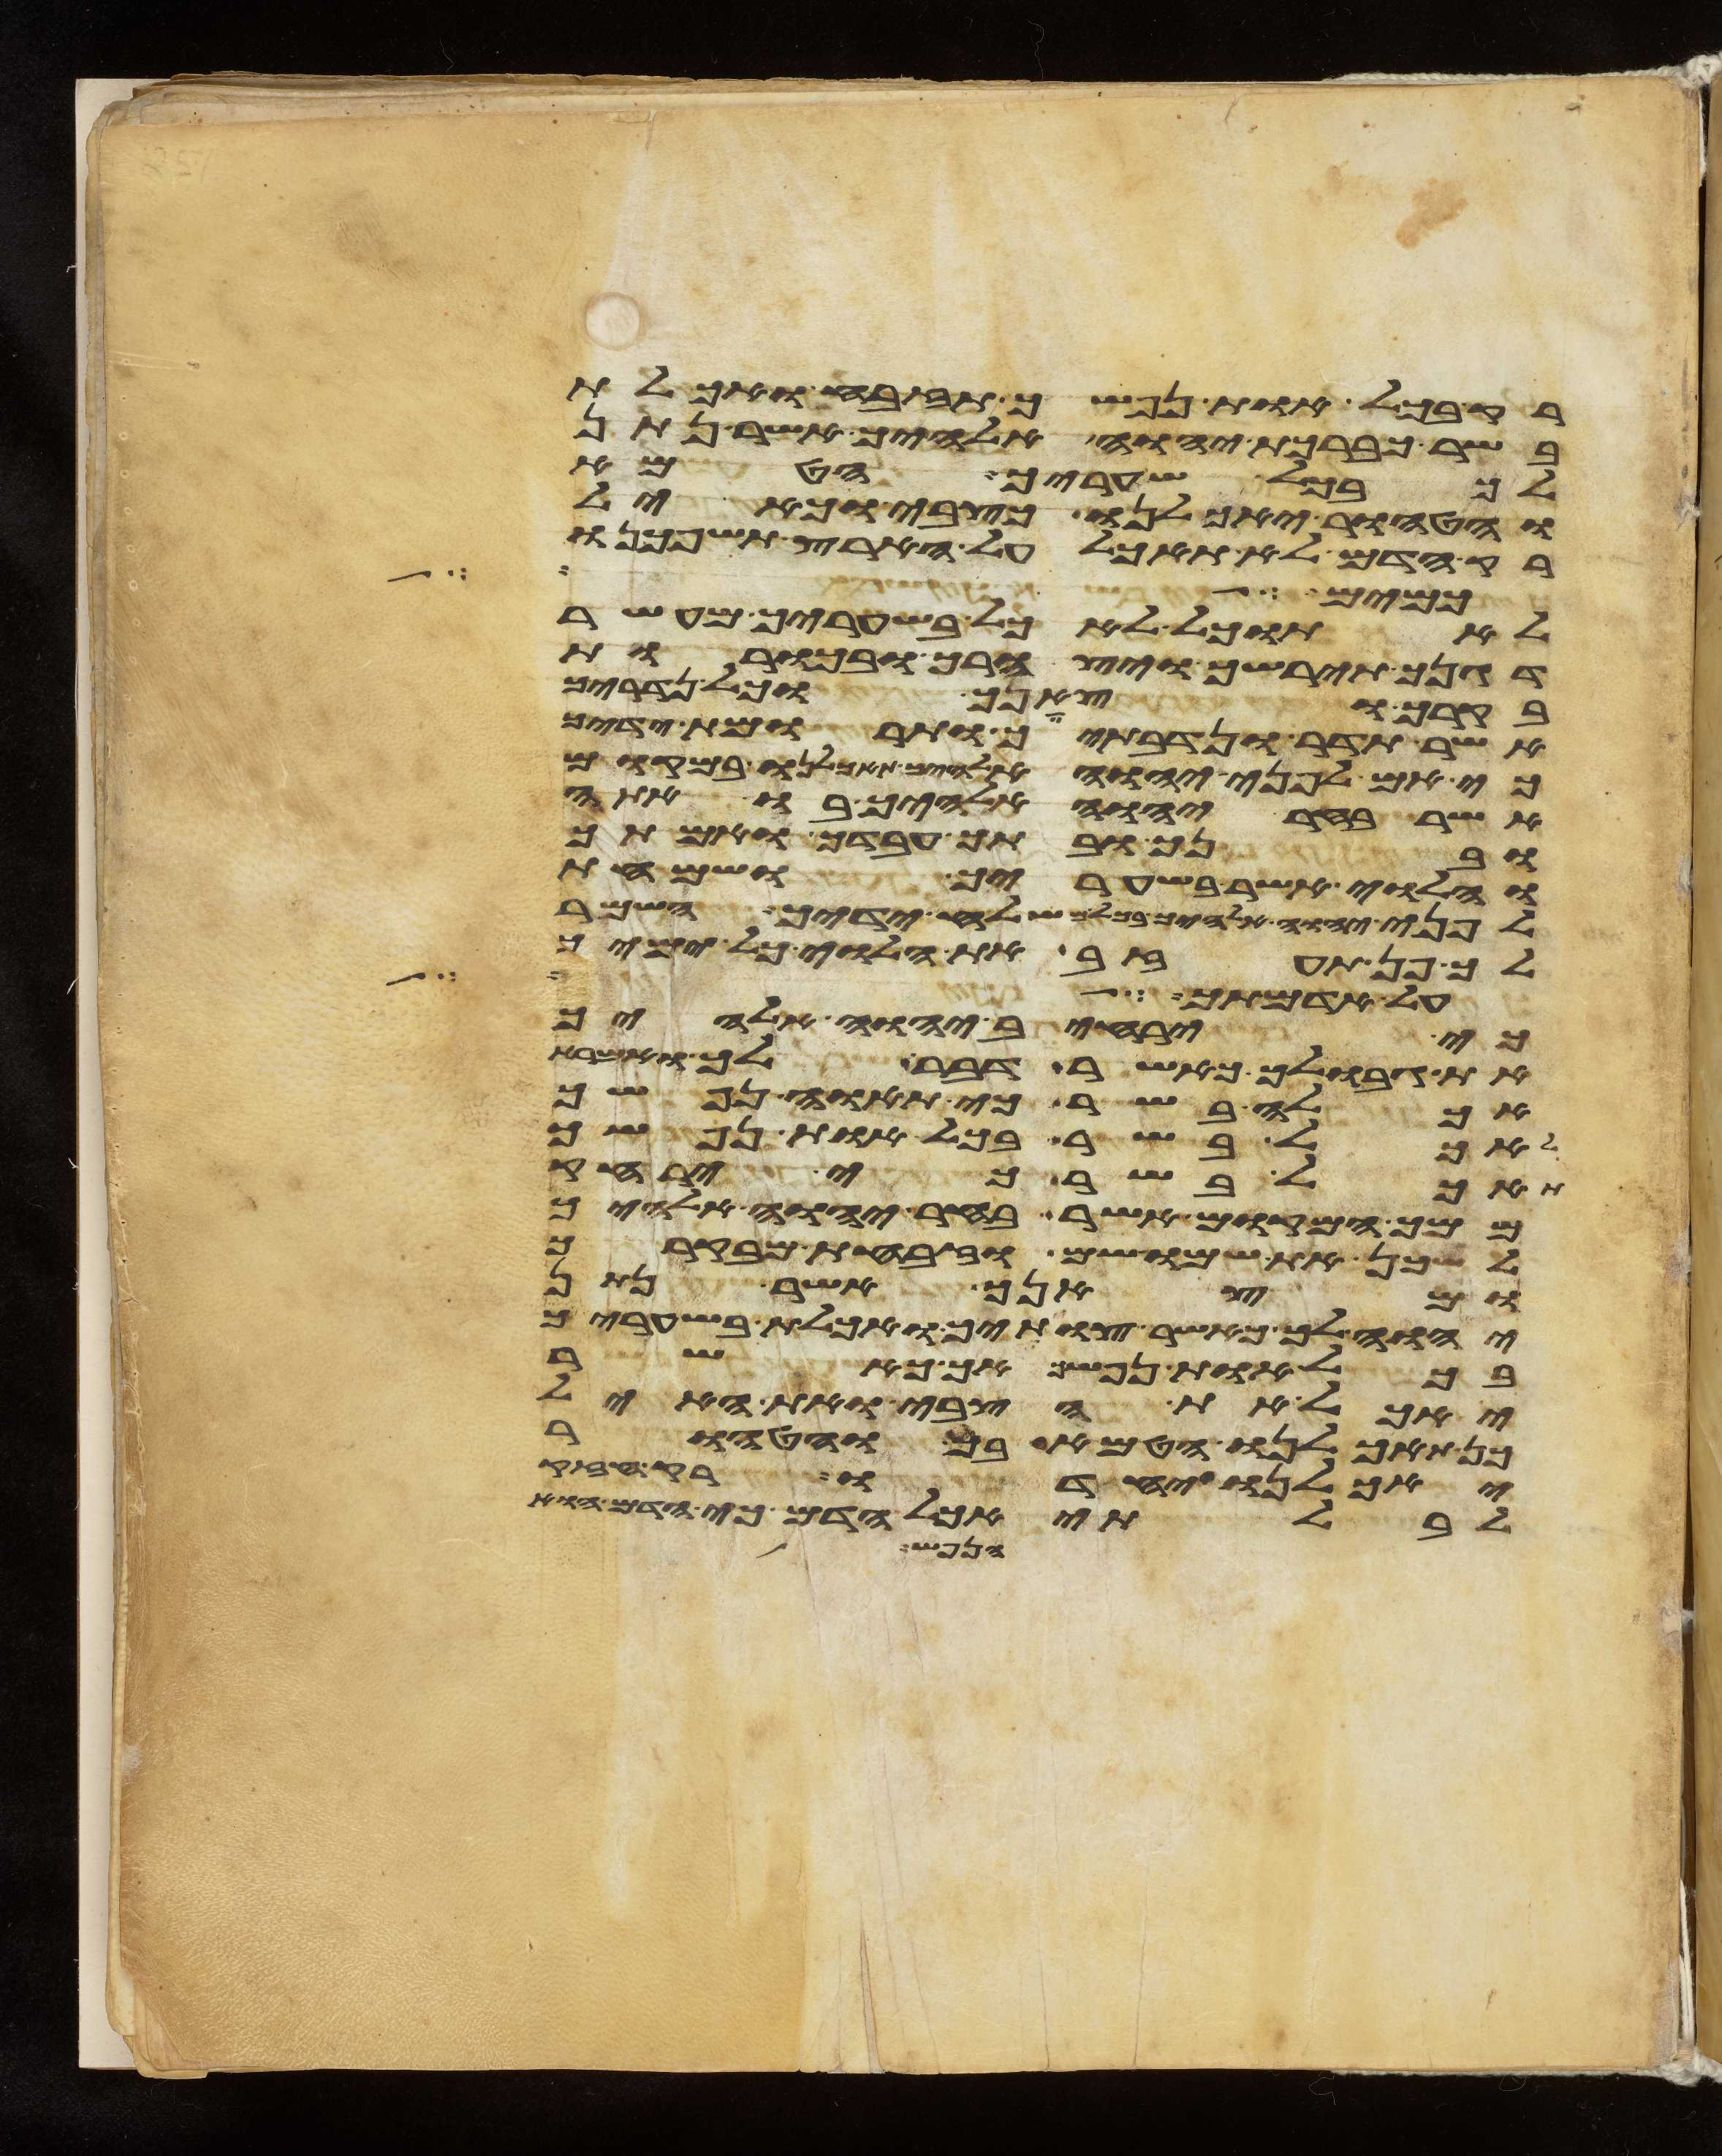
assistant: רק בכל אות נפשך תזבח ואכלת
בשר כברכת יהוה אלהיך אשר נתן
בכל שעריך הטמא
והטהור יאכלנו כצבי וכאיל
רק הדם לא תאכל על הארץ תשפכנו
כמים לא תוכל
לא תוכל לאכל בשעריך מעשר
דגנך תירשך ויצהרך ובכורת
בקרך וצאנך וכל נדריך
אשר תדר ונדבתיך ותרומות ידיך
כי אם לפני יהוה אלהיך תאכלנו במקום
אשר בחר יהוה אלהיך בו אתה
ובנך ובתך עבדך ואמתך
והלוי אשר בשעריך ושמחת
לפני יהוה אלהיך בכל משלח ידיך השמר
לך פן תעזב את הלוי כל ימיך
על האדם ועל
כי ירחיב יהוה אלהיך
את גבולך כאשר דבר לך ואמרת
אכלה בשר כי תאוה נפשך
לאכל בשר בכל אות נפשך
תאכל בשר כי ירחק
ממך המקום אשר בחר יהוה אלהיך
לשכן את שמו שם וזבחת מבקרך
ומצאנך אשר נתן
יהוה לך כאשר צויתיך ואכלת בשעריך
בכל אות נפשך אך כאשר
יאכל את הצבי ואת האיל
כן תאכלנו הטמא בך והטהור
יאכלנו יחדו רק חזק
לבלתי אכל הדם כי הדם הוא
הנפש